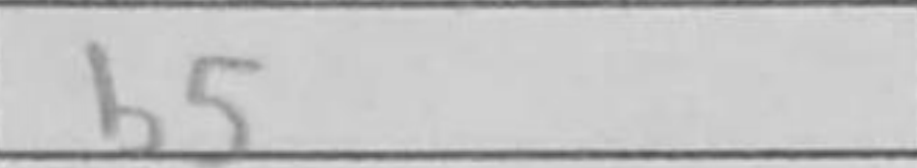
Transcription: b5